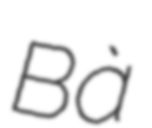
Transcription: Bà